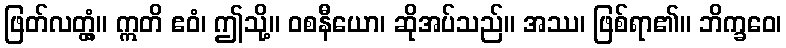
ဖြတ်လတ္တံ့။ ဣတိ ဧဝံ၊ ဤသို့။ ဝစနီယော၊ ဆိုအပ်သည်။ အဿ၊ ဖြစ်ရာ၏။ ဘိက္ခဝေ၊